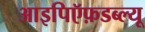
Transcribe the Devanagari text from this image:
आइपिऍफ़डब्ल्यू